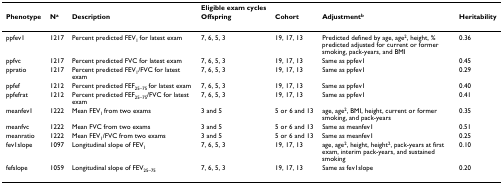
|  |  |  | Eligible exam cycles |  |  |  |
 | Phenotype | Na | Description | Offspring | Cohort | Adjustmentb | Heritability |
 | --- | --- | --- | --- | --- | --- | --- |
 | ppfev1 | 1217 | Percent predicted FEV1 for latest exam | 7, 6, 5, 3 | 19, 17, 13 | Predicted defined by age, age2, height, % predicted adjusted for current or former smoking, pack-years, and BMI | 0.36 |
 | ppfvc | 1217 | Percent predicted FVC for latest exam | 7, 6, 5, 3 | 19, 17, 13 | Same as ppfev1 | 0.45 |
 | ppratio | 1217 | Percent predicted FEV1/FVC for latest exam | 7, 6, 5, 3 | 19, 17, 13 | Same as ppfev1 | 0.29 |
 | ppfef | 1212 | Percent predicted FEF25–75 for latest exam | 7, 6, 5, 3 | 19, 17, 13 | Same as ppfev1 | 0.40 |
 | ppfefrat | 1212 | Percent predicted FEF25–75/FVC for latest exam | 7, 6, 5, 3 | 19, 17, 13 | Same as ppfev1 | 0.41 |
 | meanfev1 | 1222 | Mean FEV1 from two exams | 3 and 5 | 5 or 6 and 13 | age, age2, BMI, height, current or former smoking, and pack-years | 0.35 |
 | meanfvc | 1222 | Mean FVC from two exams | 3 and 5 | 5 or 6 and 13 | Same as meanfev1 | 0.51 |
 | meanratio | 1222 | Mean FEV1/FVC from two exams | 3 and 5 | 5 or 6 and 13 | Same as meanfev1 | 0.25 |
 | fev1slope | 1097 | Longitudinal slope of FEV1 | 7, 6, 5, 3 | 19, 17, 13 | age, age2, height, height2, pack-years at first exam, interim pack-years, and sustained smoking | 0.10 |
 | fefslope | 1059 | Longitudinal slope of FEF25–75 | 7, 6, 5, 3 | 19, 17, 13 | Same as fev1slope | 0.20 |